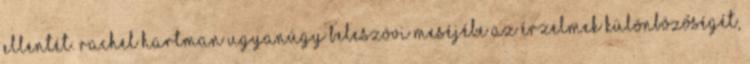
ellentét. Rachel Hartman ugyanúgy beleszövi meséjébe az érzelmek különbözőségét,